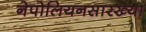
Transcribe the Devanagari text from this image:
नेपोलियनसारख्या